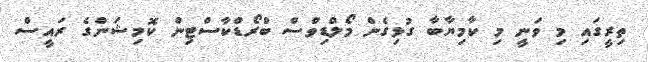
ތިރީގައި މި ވަނީ މި ކާމިޔާބާ ގުޅިގެން މޯލްޑިވްސް ބްރޯޑްކާސްޓިން ކޮމިޝަންގެ ރައީސް